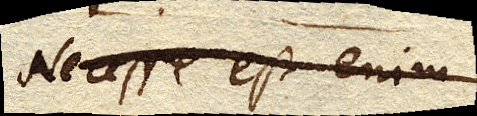
Necesse est enim